Tezpur Lunatic Asylum reports 1877-1894 - 1877-1894
Year: 1877
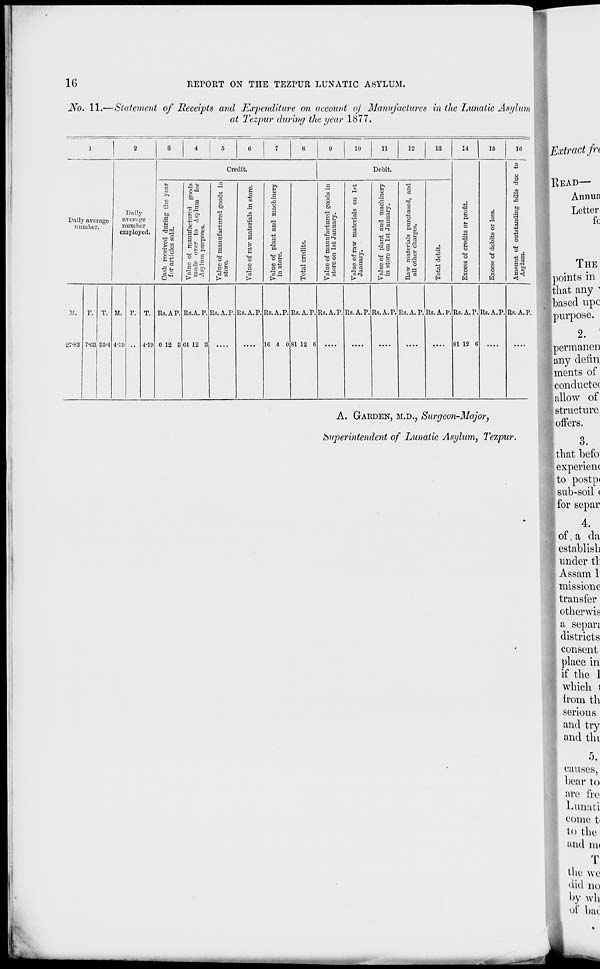
16
REPORT ON THE TEZPUR LUNATIC ASYLUM.
No. 11.—Statement of Receipts and Expenditure on account of Manufactures in the Lunatic Asylum
at Tezpur during the year 1877.
1
2
8
4
5
8
7
8
!)
10
11
12
18
14
18
Hi
Credit.
Debit.
<B
o
u
ci
o
"3 3
a
o
o
to
d
o
&
B
"3 3
d
o
o
to
a
o
a
2
13
a
C3
3
to
Dally
to
fcft
o
m
a
t6 s g
"i
9!?
es
a
u
ra
a
|
1
a
o
o
«a
C 3
Daily average
average
.9
iH
E
M
£j
*J a
(1
Si
O
number.
number
employed.
|8
III
-w C _
o
5
"3
s
o
Is
1
a
o
a
"S
C3
"5.
°s
o
H 2
^£
cj to
c
"c3
9
&
o |
3 Ha
o §
ft 3
to
II
ci o
95
3
o
I o
o
o
3
o
a
p "H >.
S E
B o
o
D
s ■
"cS
81 3 | 8"
o
2
§
1 IB
£ =
H? s^
-3
«.S
o
si a i-s "5.9 ■3 « o
M
V.
9^
D
t -
>
|
>
>
H
i>
!>
p-
M
H
W
W
■5
M.
F. T. M. F. T. Rs.AP. Rs.A. P. Rs.A.P. Us. A. P. Rs.A.P. RS.A.P. Rs.A.P. Rs.A.P. Rs. A. P. Rs.A.P. Rs. A. P. R8.A.P. Rs.A.P. Rs.A.P.
27-88 7'68 85-4 4*19
4-1 n 0 12 8 G4 12 3
1G 4 0 81 12 C
81 12 G
A. GARDEN, M.D., Surgeon-Major,
Superintendent of Lunatic Asylum, Tezpur.
Extract fn
KEAD—
Annua
Letter
fc
THE
points in
that any ^
'.based upc
purpose.
2. '
perm anen
any defin
ments of
conductec
allow of
structure,
offers.
3.
that befo:
experienc
to postpi
sub-soil (
for separ
4.
of. a da
establish
under t\:
Assam 1
missione
transfer
otherwise
a sepan
districts
consent
place in
| if the 1
which 1
from th
serious
and try
and tin
I 5 "
causes,
bear to
are fre
Lunati
conic fr
to the
and ui(
[
T
the we
did no
by wh
of bac